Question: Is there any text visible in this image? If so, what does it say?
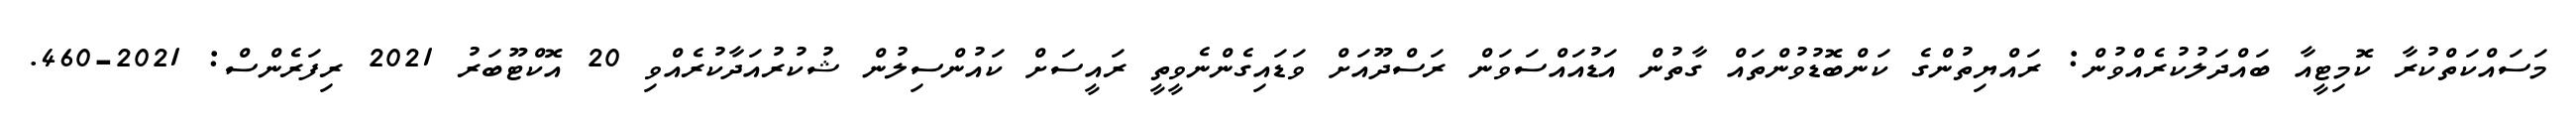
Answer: މަސައްކަތްކުރާ ކޮމިޓީއާ ބައްދަލުކުރެއްވުން: ރައްޔިތުންގެ ކަންބޮޑުވުންތައް ގާތުން އަޑުއައްސަވަން ރަސްދޫއަށް ވަޑައިގެންނެވީތީ ރައީސަށް ކައުންސިލުން ޝުކުރުއަދާކުރެއްވި 20 އޮކްޓޫބަރު 2021 ރިފަރެންސް: 2021-460.